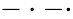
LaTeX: -\cdot-\cdot